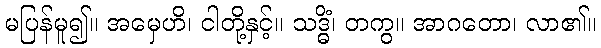
မပြန်မူ၍။ အမှေဟိ၊ ငါတို့နှင့်။ သဒ္ဓိံ၊ တကွ။ အာဂတော၊ လာ၏။